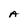
Character: A